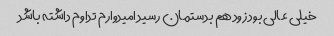
خیلی عالی بود زود هم بدستمان رسید امیدوارم تداوم داشته باشد